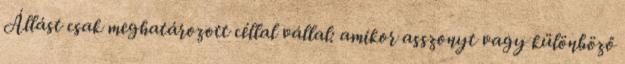
Állást csak meghatározott céllal vállal: amikor asszonyt vagy különböző